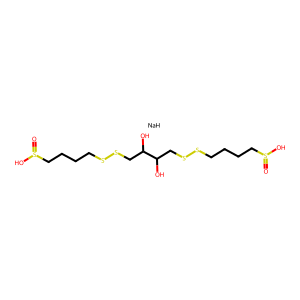
SMILES: O=S(O)CCCCSSCC(O)C(O)CSSCCCCS(=O)O.[NaH]
Inhibits HIV replication: No